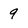
Character: 9